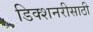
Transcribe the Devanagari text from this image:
डिक्शनरीसाठी